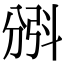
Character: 𣁺